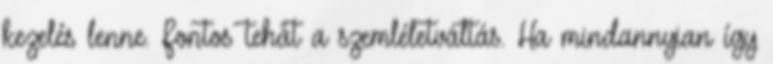
kezelés lenne. Fontos tehát a szemléletváltás. Ha mindannyian így